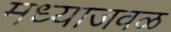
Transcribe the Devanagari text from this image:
मध्याजवळ